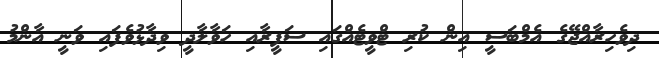
ދިވެހިރާއްޖޭގެ އެމްބަސީ އިން ކުރި ޓްވީޓެއްގައި ސަފީރާއި ހަވާލާދީ ވިދާޅުވެފައި ވަނީ އާންމު